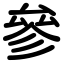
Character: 參